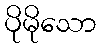
ပိုမိုသော